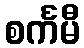
စင်္ကမီ